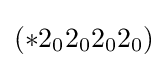
(*2_{0}2_{0}2_{0}2_{0})